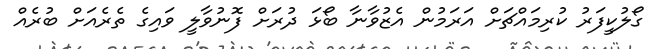
ގޯލުކީފަރު ކުރިމައްޗަށް އަރަމުން އެޒުވާނާ ބޯޅަ ދުރަށް ފޮނުވާލީ ވައިގެ ތެރެއަށް ބުރެއް